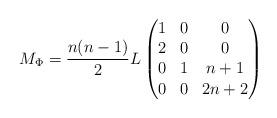
LaTeX: \begin{align*}M_{\Phi}=\frac{n(n-1)}{2}L\begin{pmatrix}1&0&0\\2&0&0\\0&1&n+1\\0&0&2n+2\end{pmatrix}\end{align*}